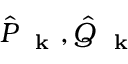
\hat { P } _ { \mathrm { ~ \bf ~ k ~ } } , \hat { Q } _ { \mathrm { ~ \bf ~ k ~ } }